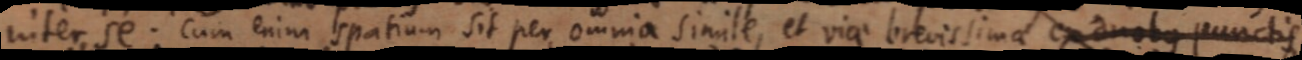
inter se. Cum enim spatium sit per omnia simile, et viae brevissima ex duobus punctis